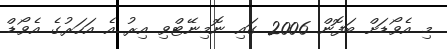
މި އެވޯޑަށް ބަފޮން 2006 ގައި ނޮމިނޭޓްވި އިރު އެ އަހަރުގެ އެވޯޑް